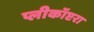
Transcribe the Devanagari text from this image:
प्लीकॉप्टरा